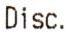
DISC.